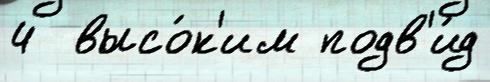
4  высо́к'им подв'и́д